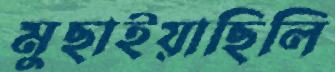
মুছাইয়াছিলি